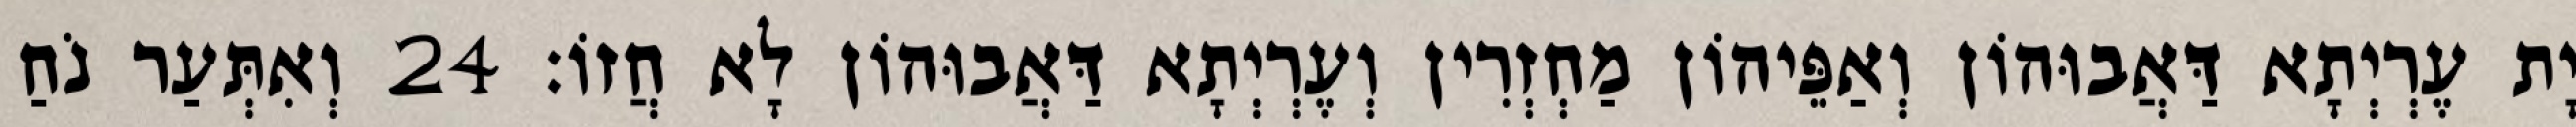
יָת עֶרְיְתָא דַּאֲבוּהוֹן וְאַפֵּיהוֹן מַחְזְרִין וְעֶרְיְתָא דַּאֲבוּהוֹן לָא חֲזוֹ׃ 24 וְאִתְּעַר נֹחַ